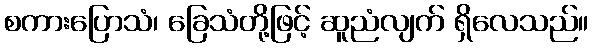
စကားပြောသံ၊ ခြေသံတို့ဖြင့် ဆူညံလျက် ရှိလေသည်။